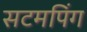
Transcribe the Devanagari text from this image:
सटमपिंग